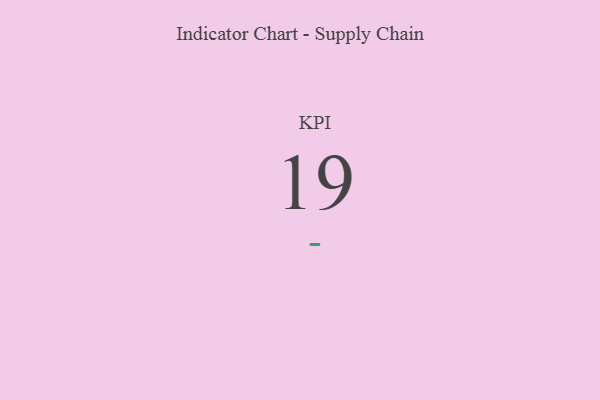
{"axis": {"x": "KPI", "y": "Value"}, "legend": [""], "data": [{"x": "KPI", "y": 19, "type": ""}]}